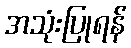
အသုံးပြုရန်